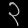
Digit: ၃